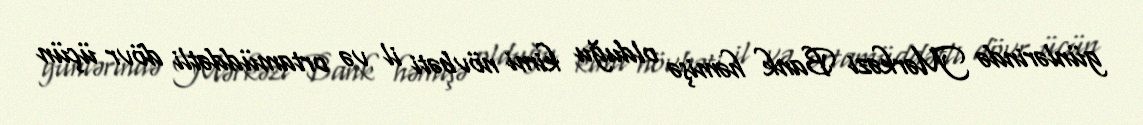
günlərində Mərkəzi Bank həmişə olduğu kimi növbəti il və ortamüddətli dövr üçün